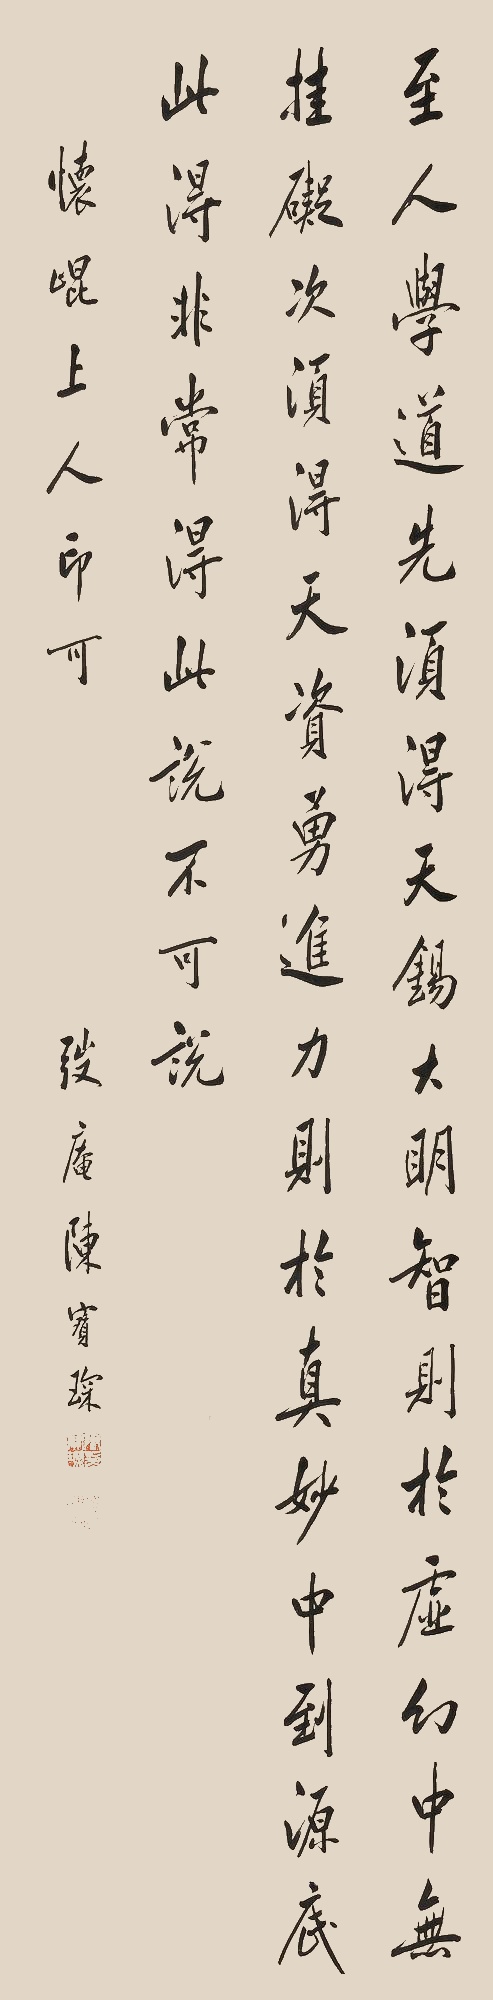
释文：至人学道，先须得天锡，大明智则于虚幻中无挂碍，次须天资勇进力，则于真妙中到源底，此得非常得，此说不可说。怀昆上人印可，弢盦陈宝琛。